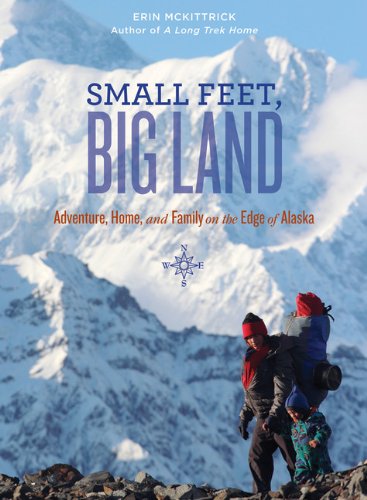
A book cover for Small Feet Big Land: Adventure, Home, and Family on the Edge of Alaska; Erin Mckittrick; Travel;